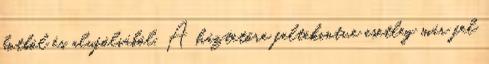
botból és alufóliából. A háztetőre feltekintve esetleg már fel